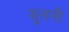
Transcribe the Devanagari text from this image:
झूलनी